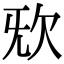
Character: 𣢕